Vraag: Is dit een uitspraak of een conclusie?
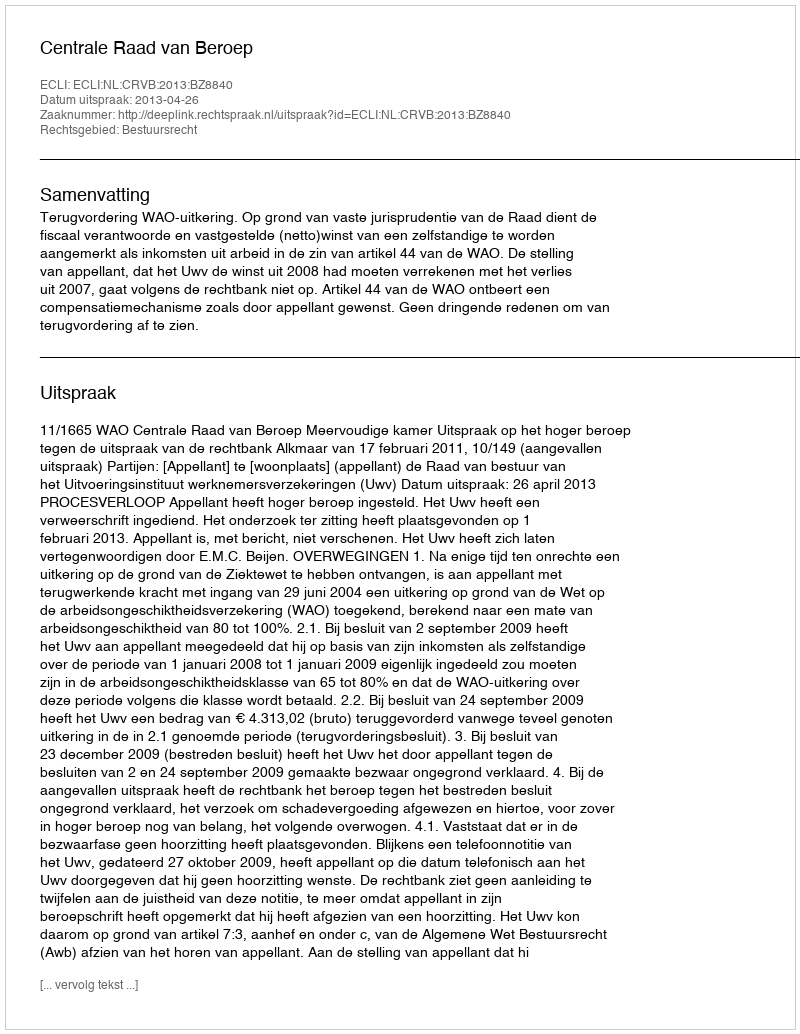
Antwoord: Uitspraak